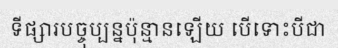
ទីផ្សារបច្ចុប្បន្នប៉ុន្មានឡើយ បើទោះបីជា